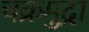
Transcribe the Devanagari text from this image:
चक्रमुद्रा